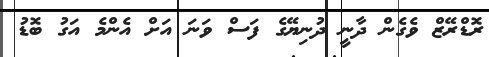
ރޮޑްރޭޒް ވެގެން ދާނީ ދުނިޔޭގެ ފަސް ވަނަ އަށް އެންމެ އަގު ބޮޑު